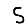
Digit: 5